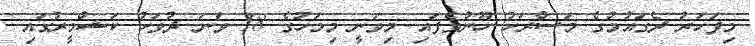
މިފަހަރު ދެގައުމުގެ މަސްރަހު ހޫނުވެފައި މިވަނީ މިމަހުގެ 18 ވަނަ ދުވަހު ކަޝްމީރުގައި